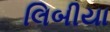
લિબીયા